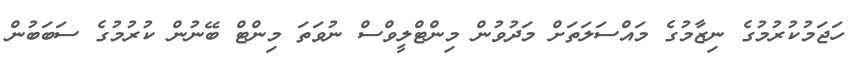
ހަޖަމުކުރުމުގެ ނިޒާމުގެ މައްސަލަތަށް މަދުވުން މިންޓްލީވްސް ނުވަތަ މިންޓް ބޭނުން ކުރުމުގެ ސަބަބުން